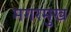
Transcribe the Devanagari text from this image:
मगरमुख